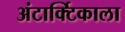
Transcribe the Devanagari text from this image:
अंटार्क्टिकाला